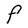
Character: F